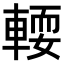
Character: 𨍥